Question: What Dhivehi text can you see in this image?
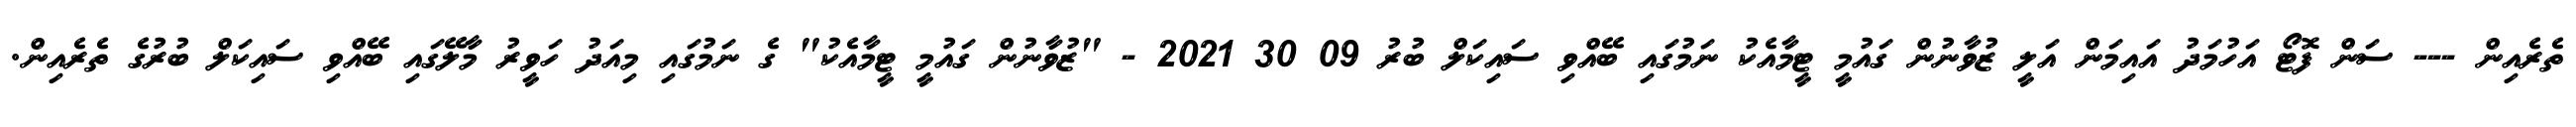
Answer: ތެރެއިން --- ސަން ފޮޓޯ އަހުމަދު އައިމަން އަލީ ޒުވާނުން ގައުމީ ޓީމާއެކު ނަމުގައި ބޭއްވި ސައިކަލް ބުރު 09 30 2021 - "ޒުވާނުން ގައުމީ ޓީމާއެކު" ގެ ނަމުގައި މިއަދު ހަވީރު މާލޭގައި ބޭއްވި ސައިކަލް ބުރުގެ ތެރެއިން.